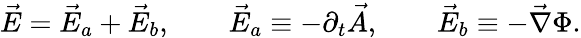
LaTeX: \vec{E}=\vec{E}_{a}+\vec{E}_{b},\qquad\vec{E}_{a}\equiv-\partial_{t}\vec{A},\qquad\vec{E}_{b}\equiv-\vec{\nabla}\Phi.